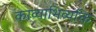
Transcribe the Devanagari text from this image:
काव्याभिव्यक्ति